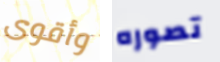
وأقوى تصوره